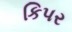
કિપર